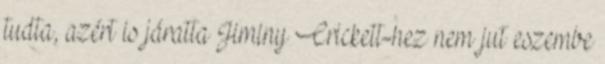
tudta, azért is járatta Jiminy Crickett-hez nem jut eszembe